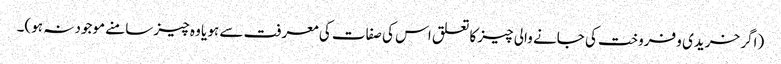
(اگر خریدی و فروخت کی جانے والی چیز کا تعلق اس کی صفات کی معرفت سے ہو یا وہ چیز سامنے موجود نہ ہو)۔